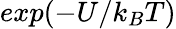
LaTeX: exp(-U/k_{B}T)